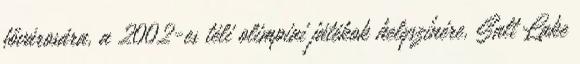
fővárosára, a 2002-es téli olimpiai játékok helyszínére, Salt Lake